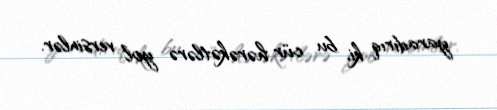
yaradırıq ki, bu cür hərəkətlərə yol versinlər.